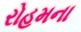
રોહમના